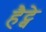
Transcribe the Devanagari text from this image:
हैट्वे